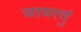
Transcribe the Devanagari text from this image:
चामरवुं